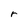
Character: r